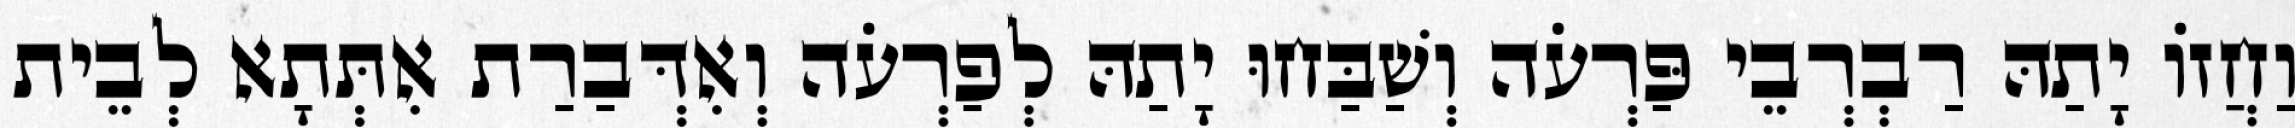
וַחֲזוֹ יָתַהּ רַבְרְבֵי פַּרְעֹה וְשַׁבַּחוּ יָתַהּ לְפַרְעֹה וְאִדְּבַרַת אִתְּתָא לְבֵית